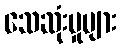
သေဆုံးမှုများ